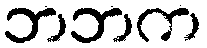
ဘဘက